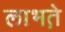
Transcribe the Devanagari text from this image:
लाभते़